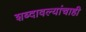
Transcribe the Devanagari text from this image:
शब्दावल्यांचाही